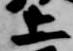
上